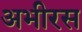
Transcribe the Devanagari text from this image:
अभीरस